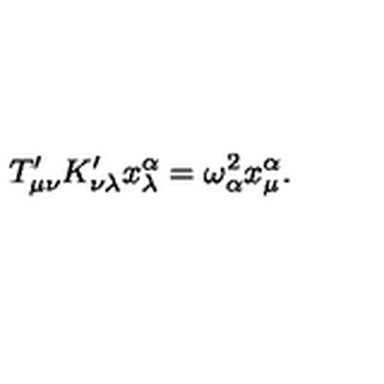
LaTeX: T _ { \mu \nu } ^ { \prime } K _ { \nu \lambda } ^ { \prime } x _ { \lambda } ^ { \alpha } = \omega _ { \alpha } ^ { 2 } x _ { \mu } ^ { \alpha } .